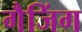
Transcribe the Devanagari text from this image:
गैजिंग